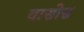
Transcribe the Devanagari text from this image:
वासोस